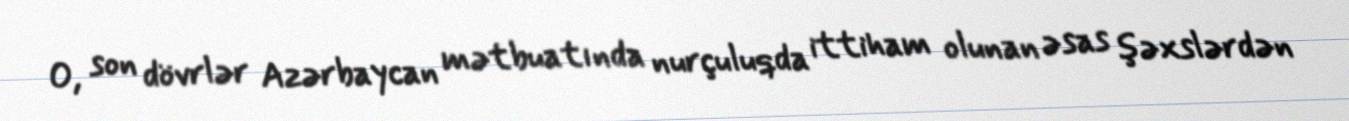
O, son dövrlər Azərbaycan mətbuatında nurçuluqda ittiham olunan əsas şəxslərdən